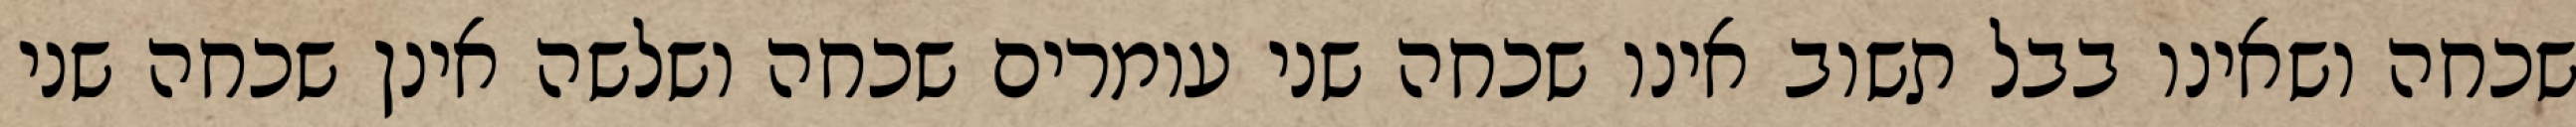
שכחה ושאינו בבל תשוב אינו שכחה שני עומרים שכחה ושלשה אינן שכחה שני